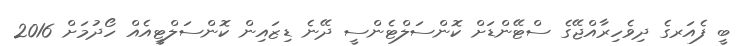
ބީ ފެއަރގެ ދިވެހިރާއްޖޭގެ ސްޓޭންޑަށް ކޮންސަލްޓެންސީ ދޭނެ ޑިޒައިން ކޮންސަލްޓީއެއް ހޯދުމަށް 2016